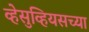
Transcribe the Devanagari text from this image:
व्हेसुव्हियसच्या